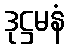
ဒုဋ္ဌမနံ